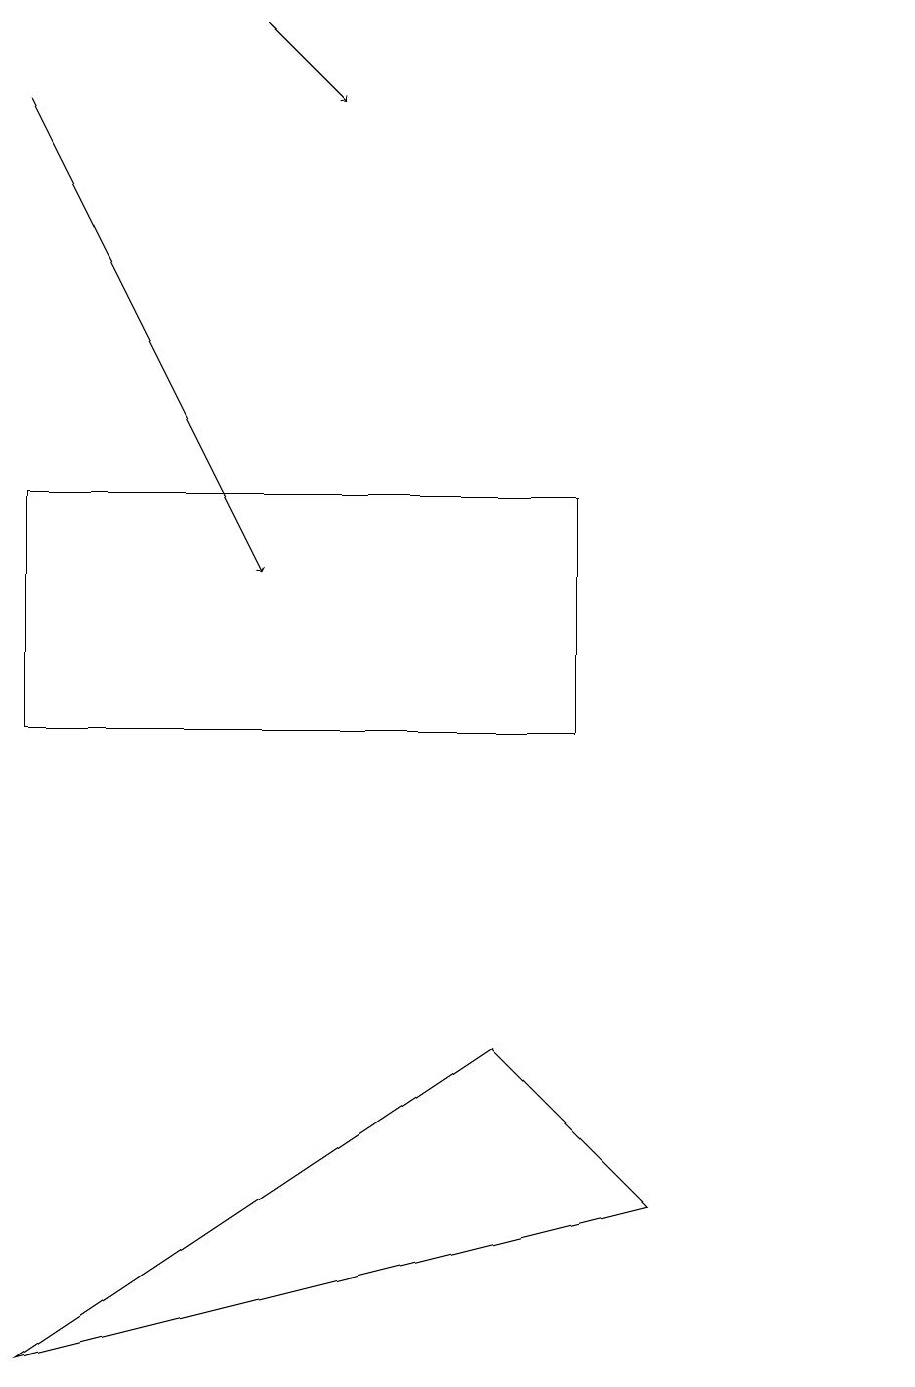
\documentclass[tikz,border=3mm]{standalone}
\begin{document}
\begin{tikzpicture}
\draw[->] (3,19) -- (4,18);
\draw[->] (0,18) -- (3,12);
\draw (6,6) -- (8,4) -- (0,2) -- cycle;
\draw (7,10) rectangle (0,13);
\draw (11,12) circle (0);
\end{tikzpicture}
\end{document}